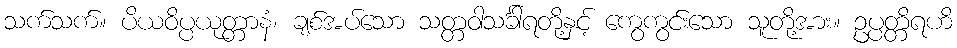
သက်သက်။ ပိယဝိပ္ပယုတ္တာနံ၊ ချစ်အပ်သော သတ္တဝါသင်္ခါရတို့နှင့် ကွေကွင်းသော သူတို့အား။ ဥပ္ပတ္တိရဟိ